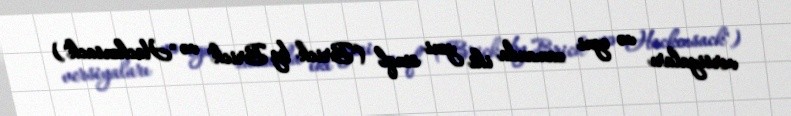
versiyaları və eyni zamanda iki yeni sinql ("Brick by Brick" və "Hackensack")